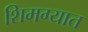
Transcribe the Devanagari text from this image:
शिमग्यात